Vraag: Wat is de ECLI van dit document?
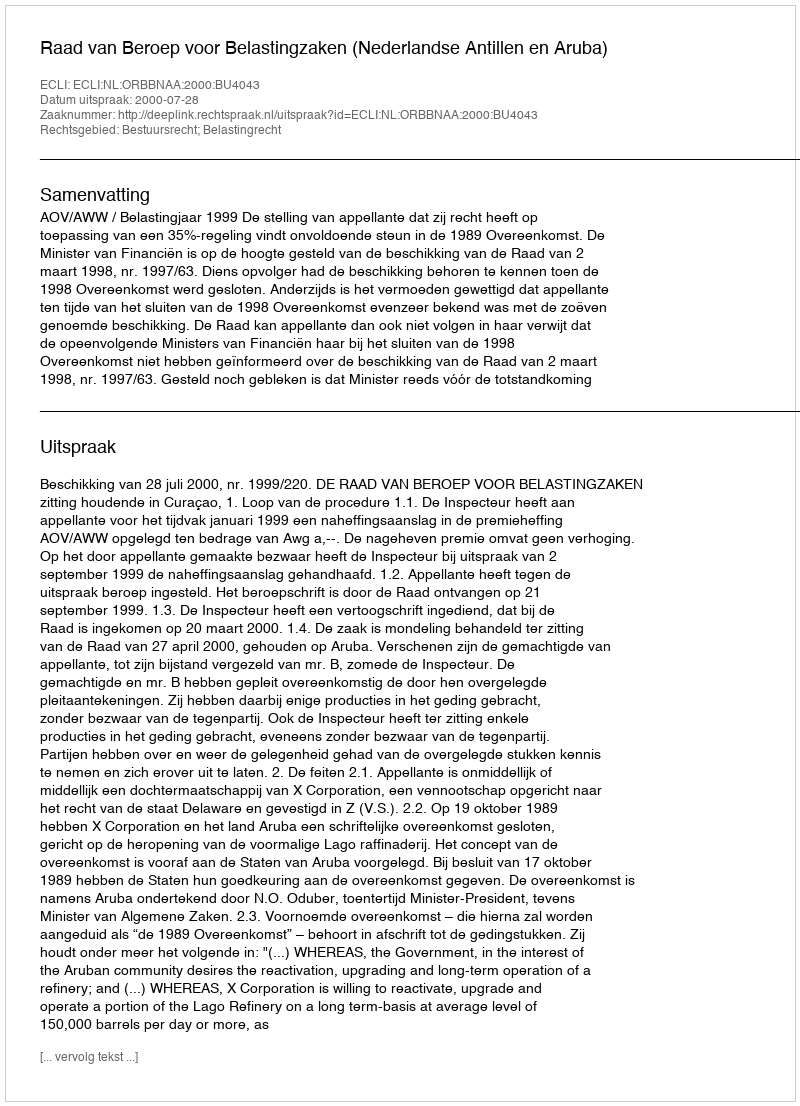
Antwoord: ECLI:NL:ORBBNAA:2000:BU4043